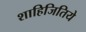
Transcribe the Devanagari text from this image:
शाहिजितिये